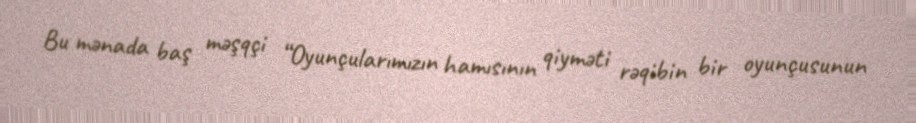
Bu mənada baş məşqçi “Oyunçularımızın hamısının qiyməti rəqibin bir oyunçusunun